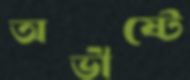
অভীষ্টে